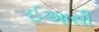
ઈઆસી